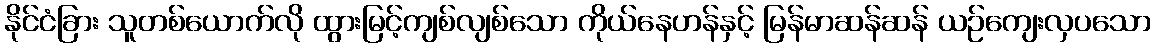
နိုင်ငံခြား သူတစ်ယောက်လို ထွားမြင့်ကျစ်လျစ်သော ကိုယ်နေဟန်နှင့် မြန်မာဆန်ဆန် ယဉ်ကျေးလှပသော